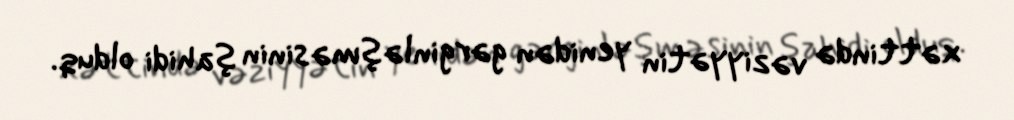
xəttində vəziyyətin yenidən gərginləşməsinin şahidi olduq.